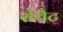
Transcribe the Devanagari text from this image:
रोचैट